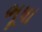
ભૂષા